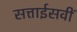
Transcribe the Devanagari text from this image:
सत्ताईसवीं